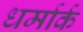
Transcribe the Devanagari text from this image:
धर्मार्क